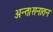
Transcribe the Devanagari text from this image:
अन्त।सनातन